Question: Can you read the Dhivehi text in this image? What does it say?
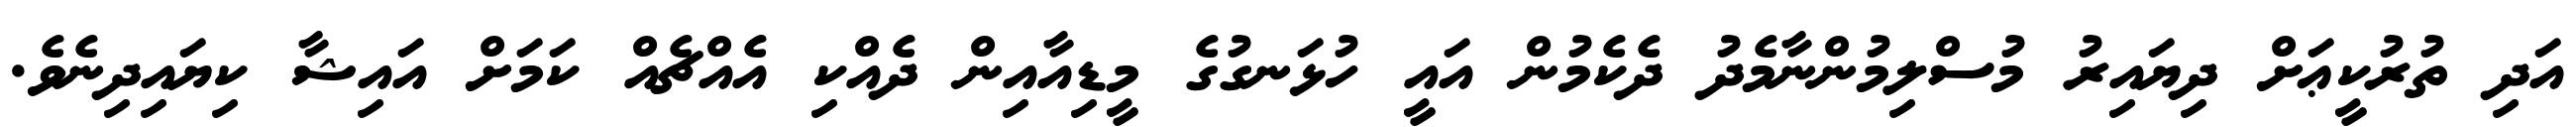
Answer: އަދި ތުރުކީޢަށް ދިޔައިރު މުސްލިމުންނާމެދު ދެކެމުން އައީ ހުޅަނގުގެ މީޑިއާއިން ދެއްކި އެއްޗެއް ކަމަށް އައިޝާ ކިޔައިދިނެވެ.